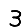
Digit: 3